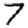
Digit: 7